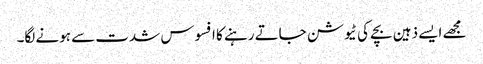
مجھے ایسے ذہین بچے کی ٹیوشن جاتے رہنے کا افسوس شدت سے ہونے لگا۔